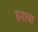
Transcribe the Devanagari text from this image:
ढगाचा